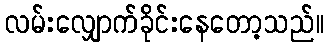
လမ်းလျှောက်ခိုင်းနေတော့သည်။